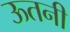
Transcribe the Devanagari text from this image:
ऊतनी